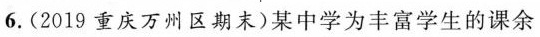
6.(2019重庆万州区期末)某中学为丰富学生的课余